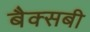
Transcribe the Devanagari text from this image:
बैक्सबी